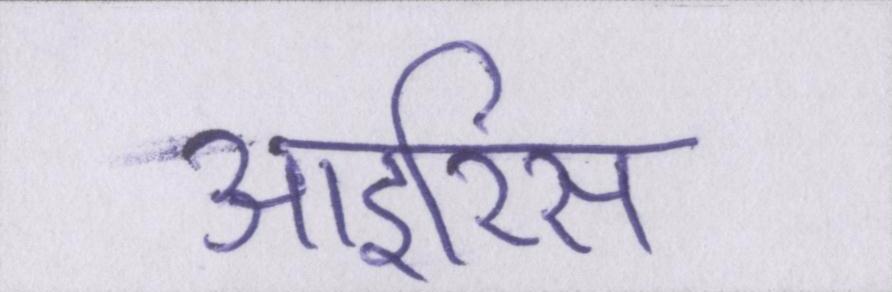
आइरिस